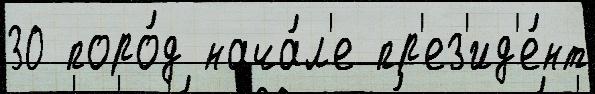
30 поро́д нача́л'е пр'ез'ид'е́нт